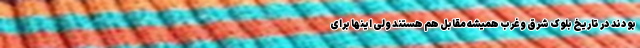
بودند در تاریخ بلوک شرق و غرب همیشه مقابل هم هستند ولی اینها برای